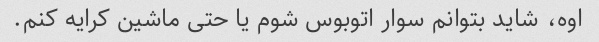
اوه، شاید بتوانم سوار اتوبوس شوم یا حتی ماشین کرایه کنم.